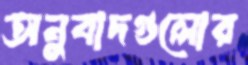
অনুবাদগুলোর